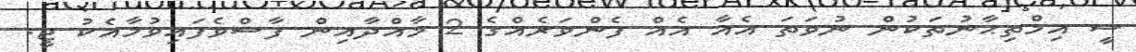
ސީ އިމްތިޙާނުތަކުން ނުވަތަ އެއާ އެއް ފެންވަރެއްގެ 2 މާއްދާއިން ފާސްވެފައިވުމާއެކު ޖީ.